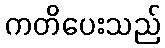
ကတိပေးသည်